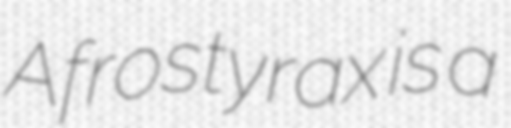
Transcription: Afrostyrax is a